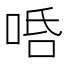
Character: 𠳂